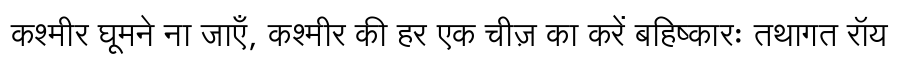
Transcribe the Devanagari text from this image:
कश्मीर घूमने ना जाएँ, कश्मीर की हर एक चीज़ का करें बहिष्कारः तथागत रॉय